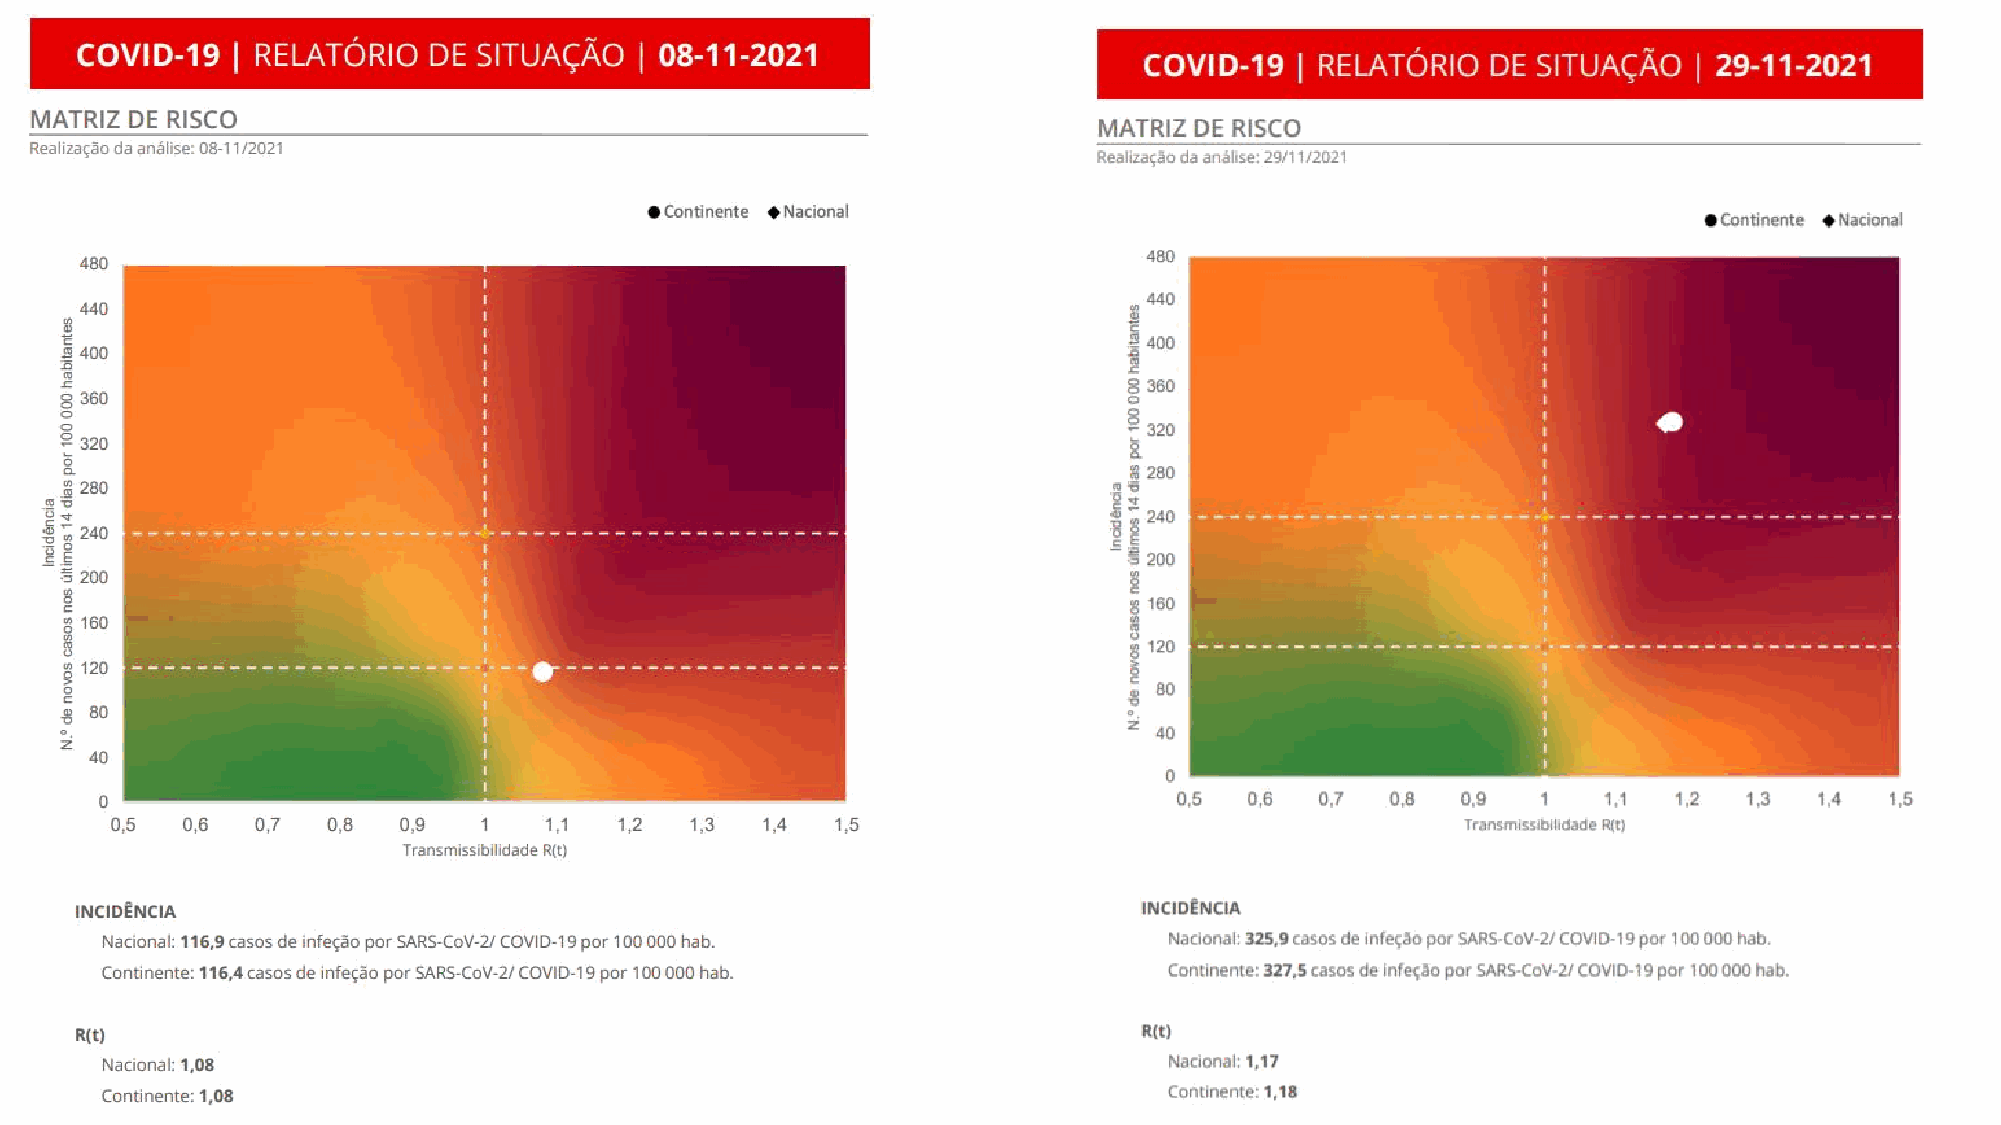
2021                                                          Confidential Hovione © 2021 28